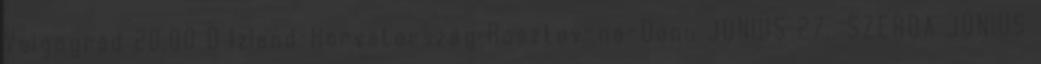
Volgográd 20.00 D Izland–Horvátország Rosztov-na-Donu JÚNIUS 27., SZERDA JÚNIUS